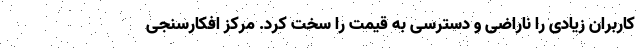
کاربران زیادی را ناراضی و دسترسی به قیمت را سخت کرد. مرکز افکارسنجی